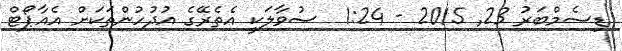
ޑިސެމްބަރު 23